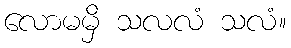
လောမမှိ သလလံ သလံ။